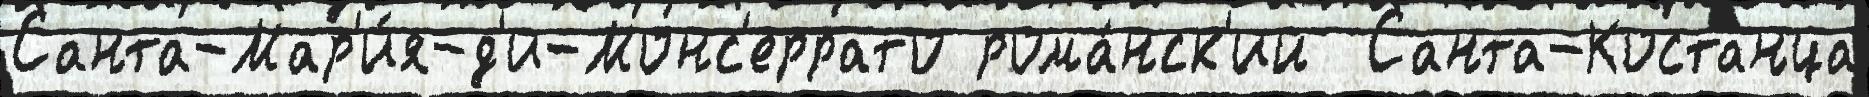
Санта-Мар'и́я-д'и-Монс'еррато рома́нск'ий  Санта-Костанца